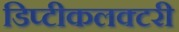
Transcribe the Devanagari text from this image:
डिप्टीकलक्टरी